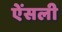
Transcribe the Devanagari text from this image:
ऐंसली